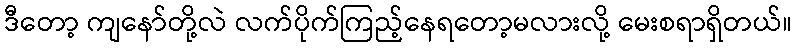
ဒီတော့ ကျနော်တို့လဲ လက်ပိုက်ကြည့်နေရတော့မလားလို့ မေးစရာရှိတယ်။